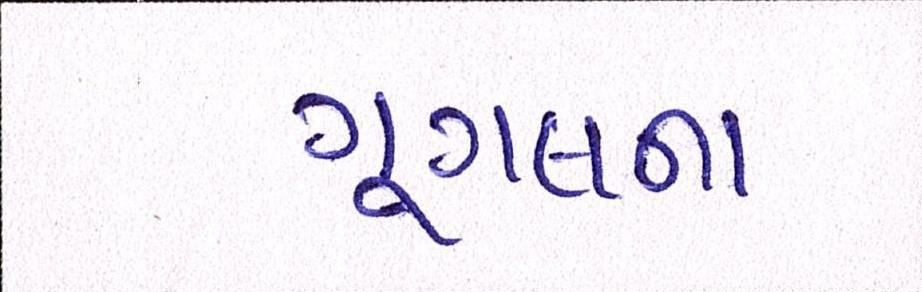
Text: ગૂગલના